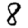
Digit: 8